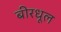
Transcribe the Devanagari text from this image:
बीरधूल